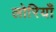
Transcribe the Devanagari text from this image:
लोरियाँ